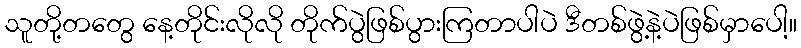
သူတို့တတွေ နေ့တိုင်းလိုလို တိုက်ပွဲဖြစ်ပွားကြတာပါပဲ ဒီတစ်ဖွဲ့နဲ့ပဲဖြစ်မှာပေါ့။